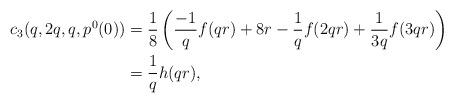
LaTeX: \begin{align*}c_3(q,2q,q,p^0(0)) &= \frac 18 \left( \frac{-1}{q}f(qr) + 8r - \frac 1q f(2qr) + \frac{1}{3q}f(3qr)\right)\\&=\frac{1}{q}h(qr),\end{align*}